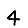
Digit: 4